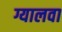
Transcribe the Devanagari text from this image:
ग्यालवा